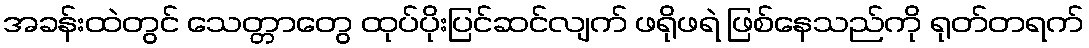
အခန်းထဲတွင် သေတ္တာတွေ ထုပ်ပိုးပြင်ဆင်လျက် ဖရိုဖရဲ ဖြစ်နေသည်ကို ရုတ်တရက်